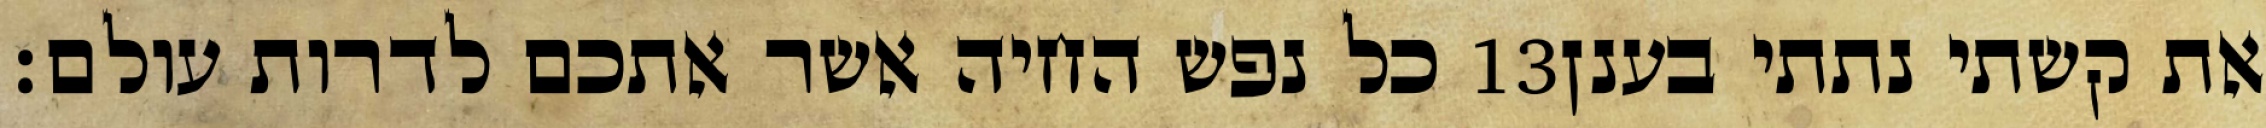
כל נפש החיה אשר אתכם לדרות עולם׃ ‎13‏ את קשתי נתתי בענן